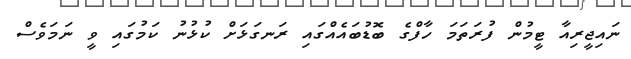
ނައިޖީރިއާ ޓީމުން ފުރަތަމަ ހާފްގެ ބޮޑުބައެއްގައި ރަނގަޅަށް ކުޅުނު ކަމުގައި ވީ ނަމަވެސް